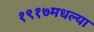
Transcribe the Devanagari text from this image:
१९१७मधल्या